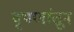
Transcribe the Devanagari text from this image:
वृषणांतून